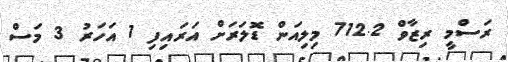
ރަސްމީ ރިޒާވް 712.2 މިލިއަން ޑޮލަރަށް އަރައިފި 1 އަހަރު 3 މަސް